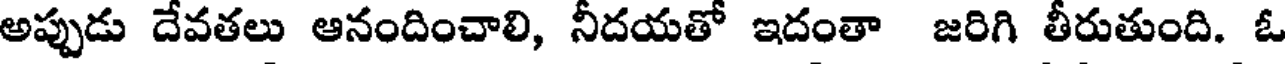
అప్పుడు దేవతలు ఆనందించాలి, నీదయతో ఇదంతా జరిగి తీరుతుంది. ఓ